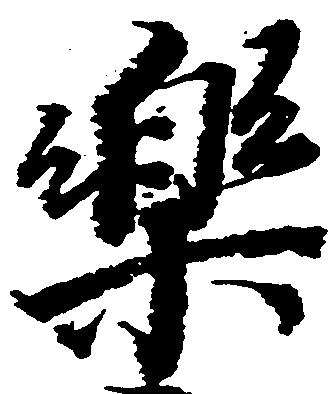
楽